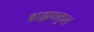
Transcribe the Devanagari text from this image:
ब्राह्मणकुल